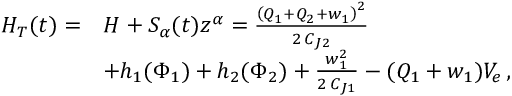
\begin{array} { r l } { H _ { T } ( t ) = } & { H + S _ { \alpha } ( t ) z ^ { \alpha } = \frac { { \left( Q _ { 1 } + Q _ { 2 } + w _ { 1 } \right) } ^ { 2 } } { 2 \, C _ { J 2 } } } \\ & { + h _ { 1 } ( \Phi _ { 1 } ) + h _ { 2 } ( \Phi _ { 2 } ) + \frac { w _ { 1 } ^ { 2 } } { 2 \, C _ { J 1 } } - ( Q _ { 1 } + w _ { 1 } ) V _ { e } \, , } \end{array}